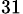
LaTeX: _{31}